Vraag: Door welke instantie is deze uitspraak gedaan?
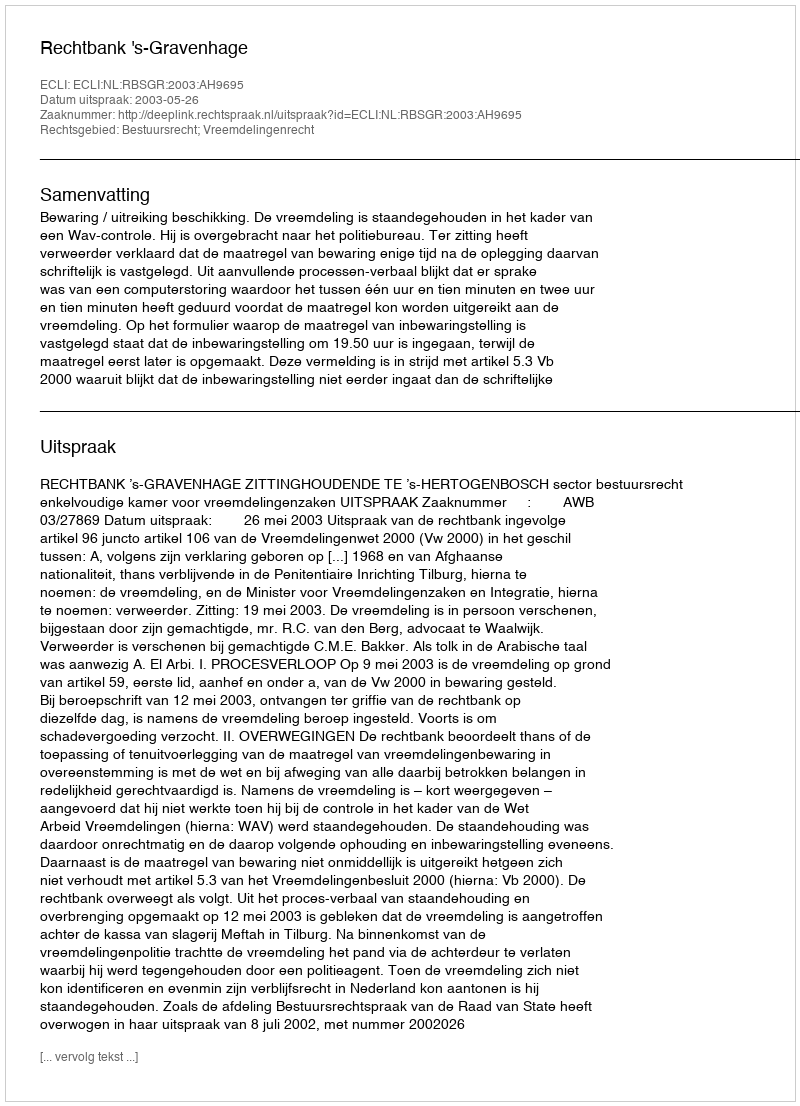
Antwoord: Rechtbank 's-Gravenhage